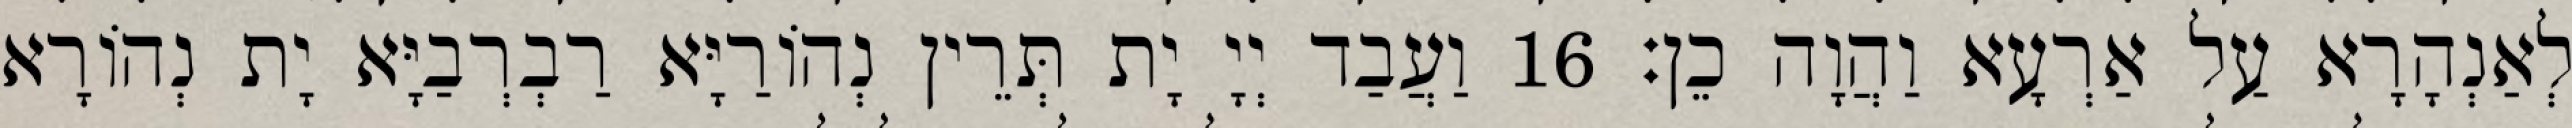
לְאַנְהָרָא עַל אַרְעָא וַהֲוָה כֵן׃ 16 וַעֲבַד יְיָ יָת תְּרֵין נְהוֹרַיָּא רַבְרְבַיָּא יָת נְהוֹרָא